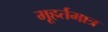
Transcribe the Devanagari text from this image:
मूहर्तमात्र